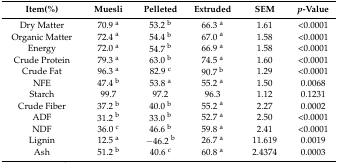
<table><thead><tr><td><b>Item(%)</b></td><td><b>Muesli</b></td><td><b>Pelleted</b></td><td><b>Extruded</b></td><td><b>SEM</b></td><td><b><i>p</i>-Value</b></td></tr></thead><tbody><tr><td>Dry Matter</td><td>70.9 <sup>a</sup></td><td>53.2 <sup>b</sup></td><td>66.3 <sup>a</sup></td><td>1.61</td><td>&lt;0.0001</td></tr><tr><td>Organic Matter</td><td>72.4 <sup>a</sup></td><td>54.4 <sup>b</sup></td><td>67.0 <sup>a</sup></td><td>1.58</td><td>&lt;0.0001</td></tr><tr><td>Energy</td><td>72.0 <sup>a</sup></td><td>54.7 <sup>b</sup></td><td>66.9 <sup>a</sup></td><td>1.58</td><td>&lt;0.0001</td></tr><tr><td>Crude Protein</td><td>79.3 <sup>a</sup></td><td>63.0 <sup>b</sup></td><td>74.5 <sup>a</sup></td><td>1.60</td><td>&lt;0.0001</td></tr><tr><td>Crude Fat</td><td>96.3 <sup>a</sup></td><td>82.9 <sup>c</sup></td><td>90.7 <sup>b</sup></td><td>1.29</td><td>&lt;0.0001</td></tr><tr><td>NFE</td><td>47.4 <sup>b</sup></td><td>53.8 <sup>a</sup></td><td>55.2 <sup>a</sup></td><td>1.50</td><td>0.0068</td></tr><tr><td>Starch</td><td>99.7</td><td>97.2</td><td>96.3</td><td>1.12</td><td>0.1231</td></tr><tr><td>Crude Fiber</td><td>37.2 <sup>b</sup></td><td>40.0 <sup>b</sup></td><td>55.2 <sup>a</sup></td><td>2.27</td><td>0.0002</td></tr><tr><td>ADF</td><td>31.2 <sup>b</sup></td><td>33.0 <sup>b</sup></td><td>52.7 <sup>a</sup></td><td>2.50</td><td>&lt;0.0001</td></tr><tr><td>NDF</td><td>36.0 <sup>c</sup></td><td>46.6 <sup>b</sup></td><td>59.8 <sup>a</sup></td><td>2.41</td><td>&lt;0.0001</td></tr><tr><td>Lignin</td><td>12.5 <sup>a</sup></td><td>−46.2 <sup>b</sup></td><td>26.7 <sup>a</sup></td><td>11.619</td><td>0.0019</td></tr><tr><td>Ash</td><td>51.2 <sup>b</sup></td><td>40.6 <sup>c</sup></td><td>60.8 <sup>a</sup></td><td>2.4374</td><td>0.0003</td></tr></tbody></table>